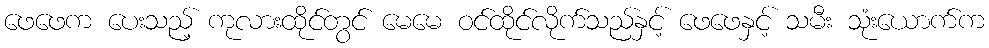
ဖေဖေက ပေးသည့် ကုလားထိုင်တွင် မေမေ ဝင်ထိုင်လိုက်သည်နှင့် ဖေဖေနှင့် သမီး သုံးယောက်က